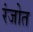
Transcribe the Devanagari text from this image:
रंजोत